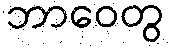
ဘာဝေတွ